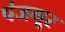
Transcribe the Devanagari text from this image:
पंजगूर